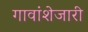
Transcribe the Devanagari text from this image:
गावांशेजारी